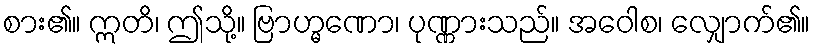
စား၏။ ဣတိ၊ ဤသို့။ ဗြာဟ္မဏော၊ ပုဏ္ဏားသည်။ အဝေါစ၊ လျှောက်၏။